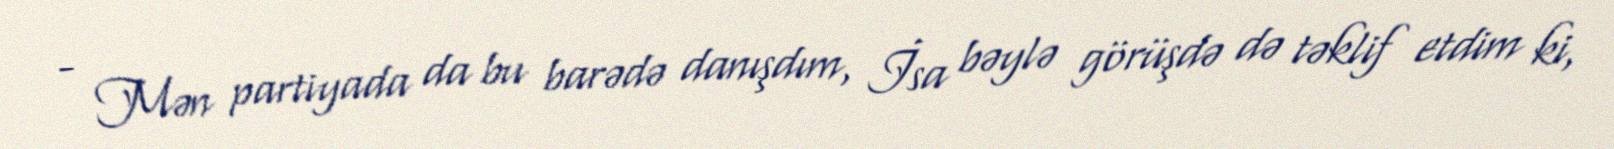
- Mən partiyada da bu barədə danışdım, İsa bəylə görüşdə də təklif etdim ki,